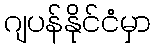
ဂျပန်နိုင်ငံမှာ